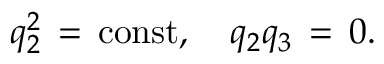
q _ { 2 } ^ { 2 } \, = \, \mathrm { c o n s t } , \quad q _ { 2 } q _ { 3 } \, = \, 0 .